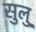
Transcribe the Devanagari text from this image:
सुलु